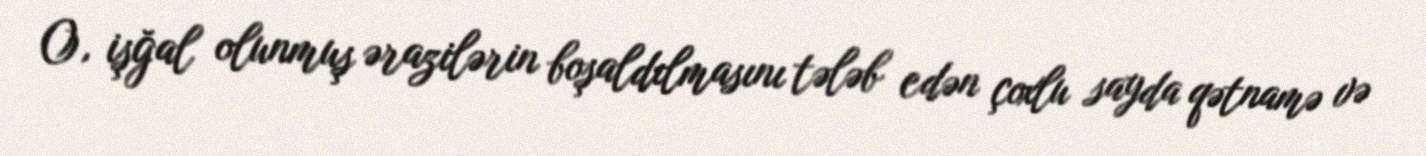
O, işğal olunmuş ərazilərin boşaldılmasını tələb edən çoxlu sayda qətnamə və